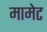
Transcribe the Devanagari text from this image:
मामेट